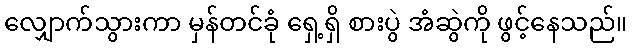
လျှောက်သွားကာ မှန်တင်ခုံ ရှေ့ရှိ စားပွဲ အံဆွဲကို ဖွင့်နေသည်။